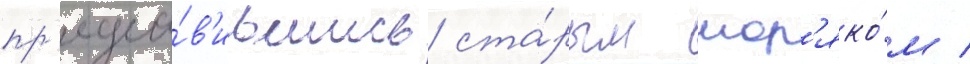
пр'едста́в'ившись ста́рым мор'яко́м /